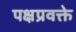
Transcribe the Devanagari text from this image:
पक्षप्रवक्ते